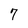
Character: 7